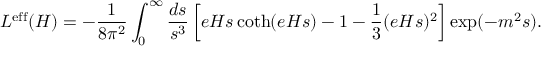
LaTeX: { \cal L } ^ { \mathrm { e f f } } ( H ) = - \frac { 1 } { 8 \pi ^ { 2 } } \int _ { 0 } ^ { \infty } \frac { d s } { s ^ { 3 } } \left[ e H s \coth ( e H s ) - 1 - \frac 1 3 ( e H s ) ^ { 2 } \right] \exp ( - m ^ { 2 } s ) .